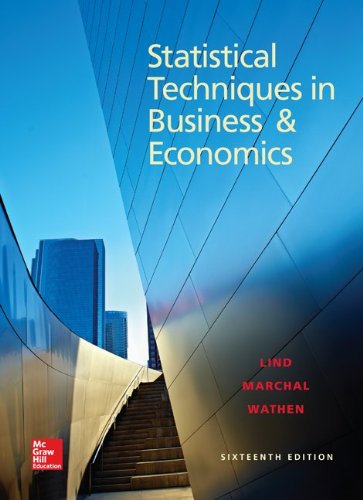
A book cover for Statistical Techniques in Business and Economics, 16th Edition; Douglas Lind; Science & Math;